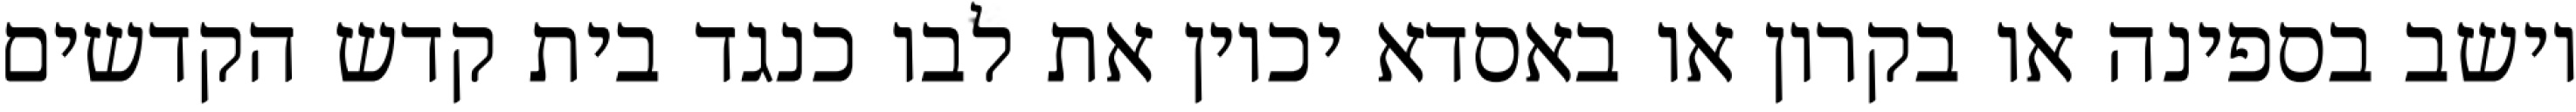
יושב בספינה או בקרון או באסדא יכוין את לבו כנגד בית קדש הקדשים